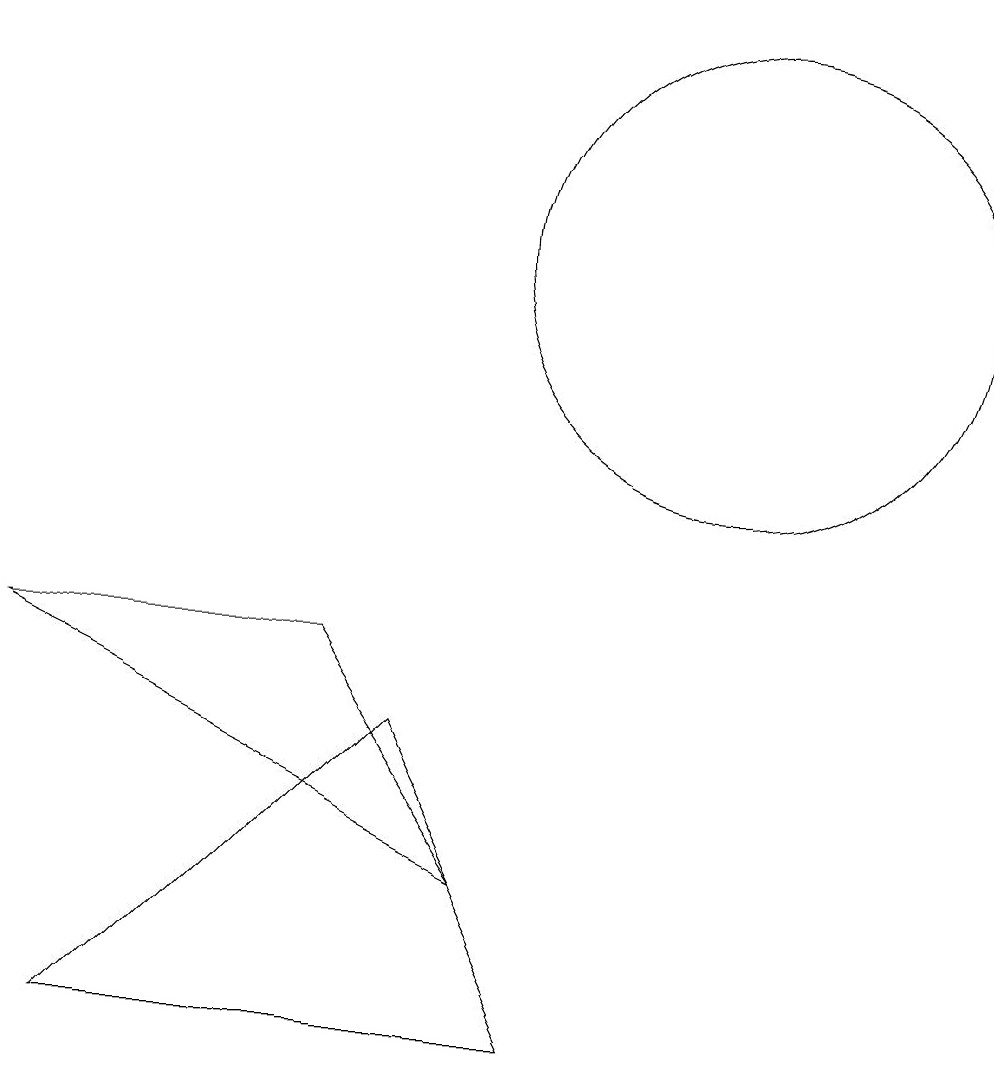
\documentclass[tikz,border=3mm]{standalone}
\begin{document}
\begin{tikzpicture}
\draw (2,6) -- (6,6) -- (8,3) -- cycle;
\draw (11,11) circle (3);
\draw (9,1) -- (3,1) -- (7,5) -- cycle;
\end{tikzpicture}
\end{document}